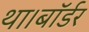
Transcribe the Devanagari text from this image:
था।बॉर्डर